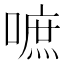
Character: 嗻